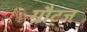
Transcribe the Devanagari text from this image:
ग्रौट्ज